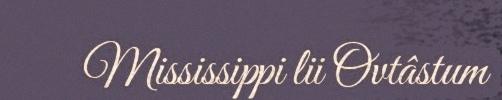
Mississippi lii Ovtâstum